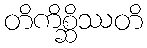
တိကိစ္ဆိဿတိ